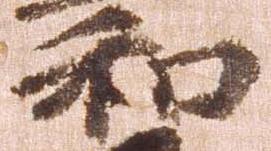
和